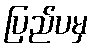
ပြည်ပမှ